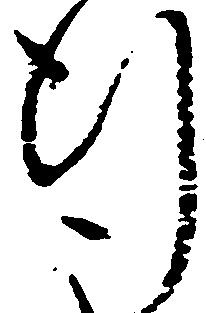
行